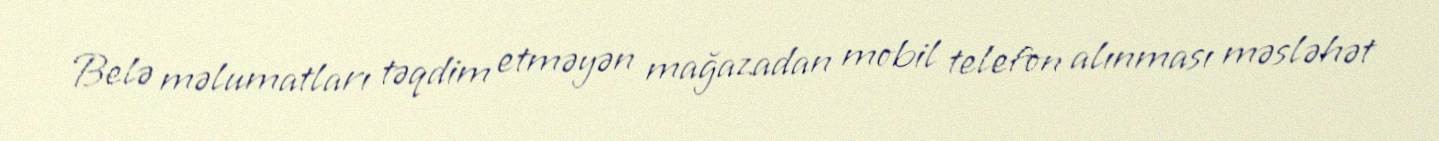
Belə məlumatları təqdim etməyən mağazadan mobil telefon alınması məsləhət